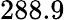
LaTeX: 288.9